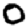
Digit: 0